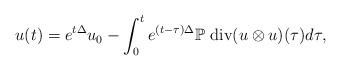
LaTeX: \begin{align*} u(t) = e^{ t \Delta } u_0 - \int^t_0 e^{ (t-\tau) \Delta } \mathbb{P}\ \textrm{div}(u\otimes u)(\tau) d\tau,\end{align*}